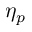
\eta _ { p }